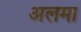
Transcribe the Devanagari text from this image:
अलमा